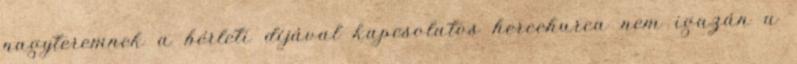
nagyteremnek a bérleti díjával kapcsolatos hercehurca nem igazán a